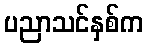
ပညာသင်နှစ်က